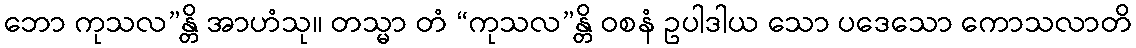
ဘော ကုသလ”န္တိ အာဟံသု။ တသ္မာ တံ “ကုသလ”န္တိ ဝစနံ ဥပါဒါယ သော ပဒေသော ကောသလာတိ